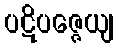
ပဋိပဇ္ဇေယျ